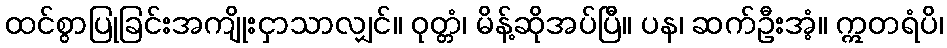
ထင်စွာပြုခြင်းအကျိုးငှာသာလျှင်။ ဝုတ္တံ၊ မိန့်ဆိုအပ်ပြီ။ ပန၊ ဆက်ဦးအံ့။ ဣတရံပိ၊